65_HS1-834228961_62-HQ-83894_Section_2
Agency: FBI
Page 30
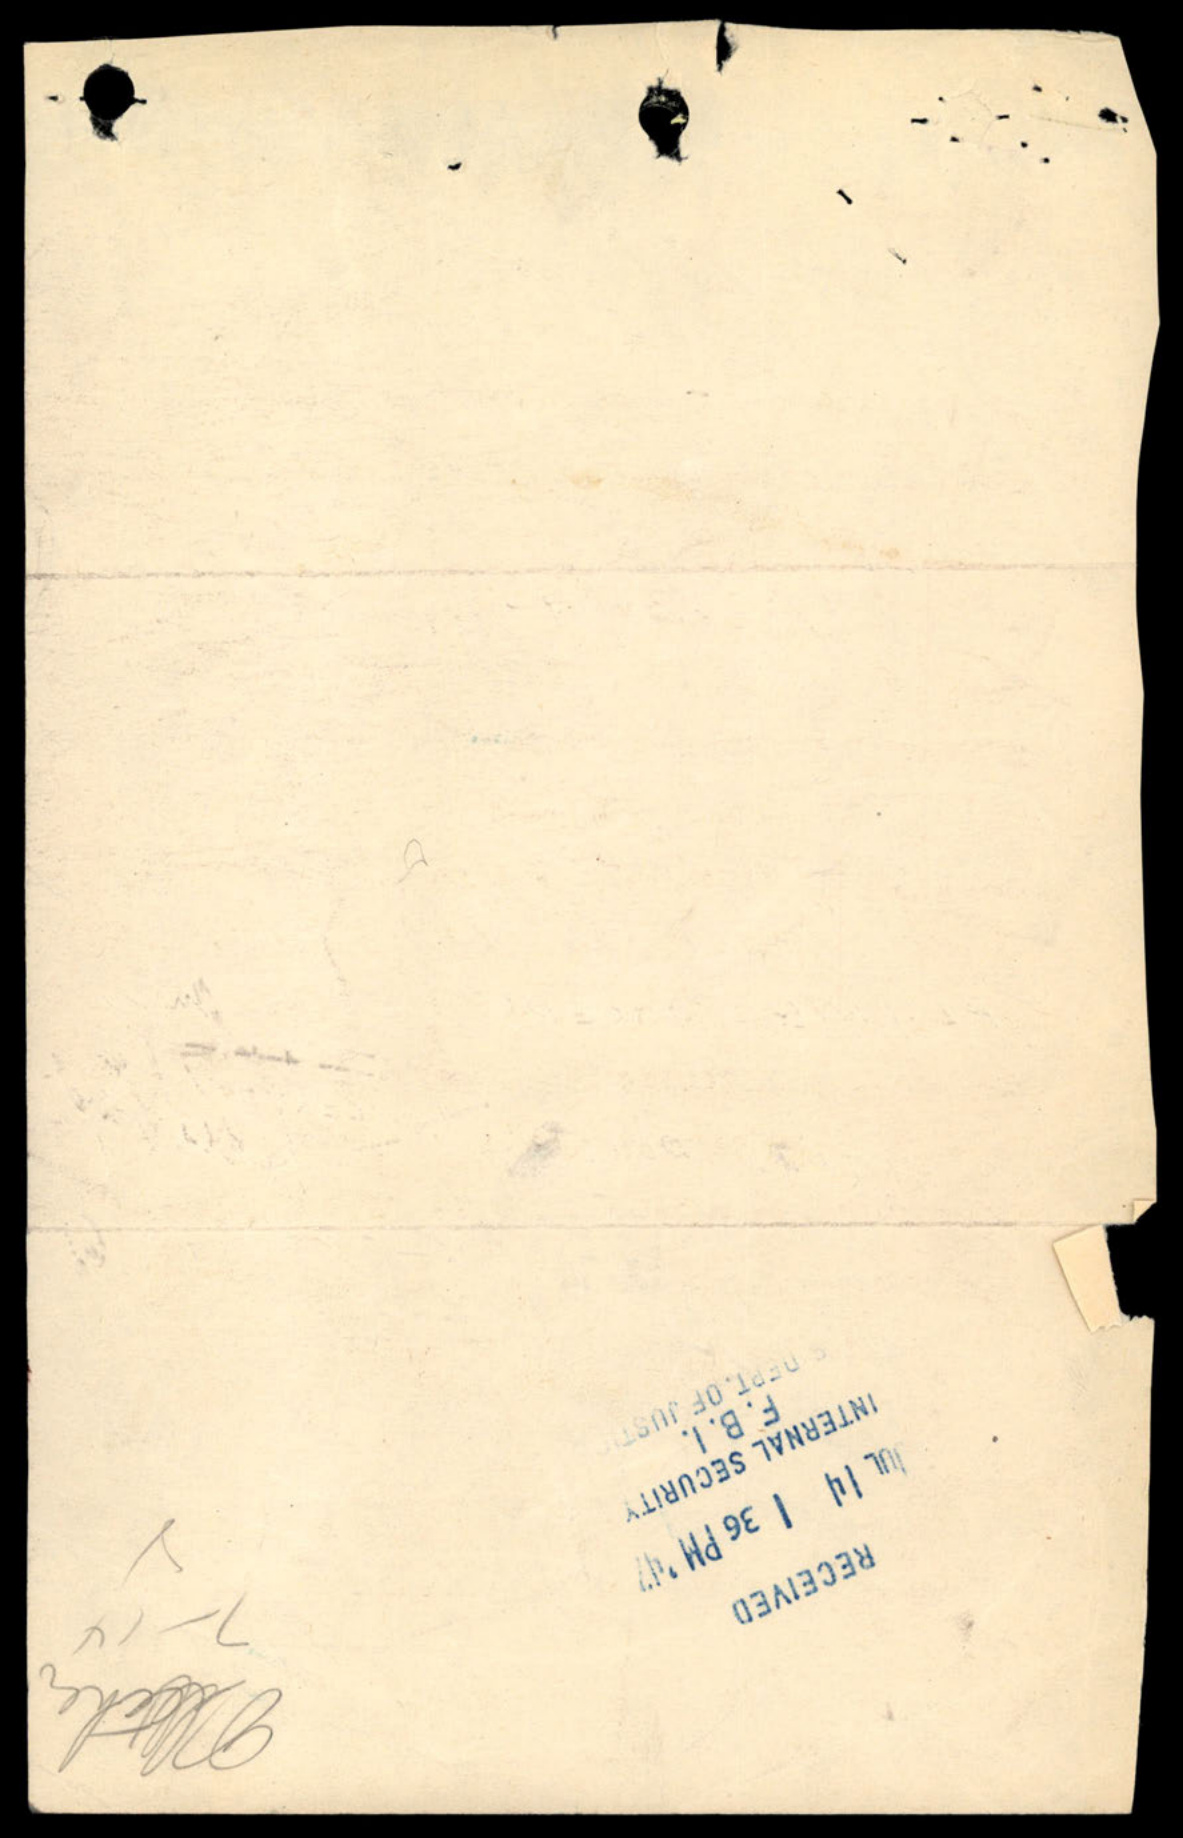